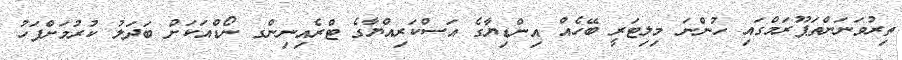
ތިރުވަނަންތަޕޫރަމްގައި ހުންނަ މިލިޓަރީ ބޭހެއް އިންޑިޔާގެ އަސްކަރިއްޔާގެ ޓްރެއިނިންގ ނޯޑްއަކަށް ބަދަލު ކުރުމަށްފަހު